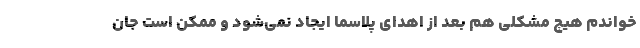
خواندم هیچ مشکلی هم بعد از اهدای پلاسما ایجاد نمی‌شود و ممکن است جان